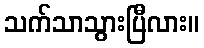
သက်သာသွားပြီလား။